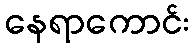
နေရာကောင်း